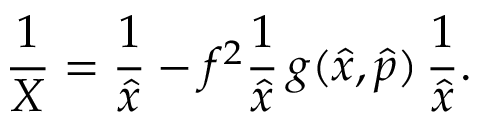
\frac { 1 } { X } = \frac { 1 } { \hat { x } } - f ^ { 2 } \frac { 1 } { \hat { x } } \, g ( \hat { x } , \hat { p } ) \, \frac { 1 } { \hat { x } } .